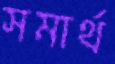
সমার্থ